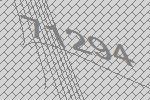
71294